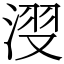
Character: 𣷺